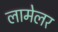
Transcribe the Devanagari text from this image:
लामेलर